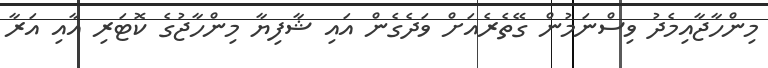
މިންހާޖާއިމެދު ވިސްނަމުން ގޭތެރެއަށް ވަދެގެން އައި ޝާފިޔާ މިންހާޖުގެ ކޮޓަރި އާއި އަރާ